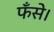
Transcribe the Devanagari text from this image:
फँसे।